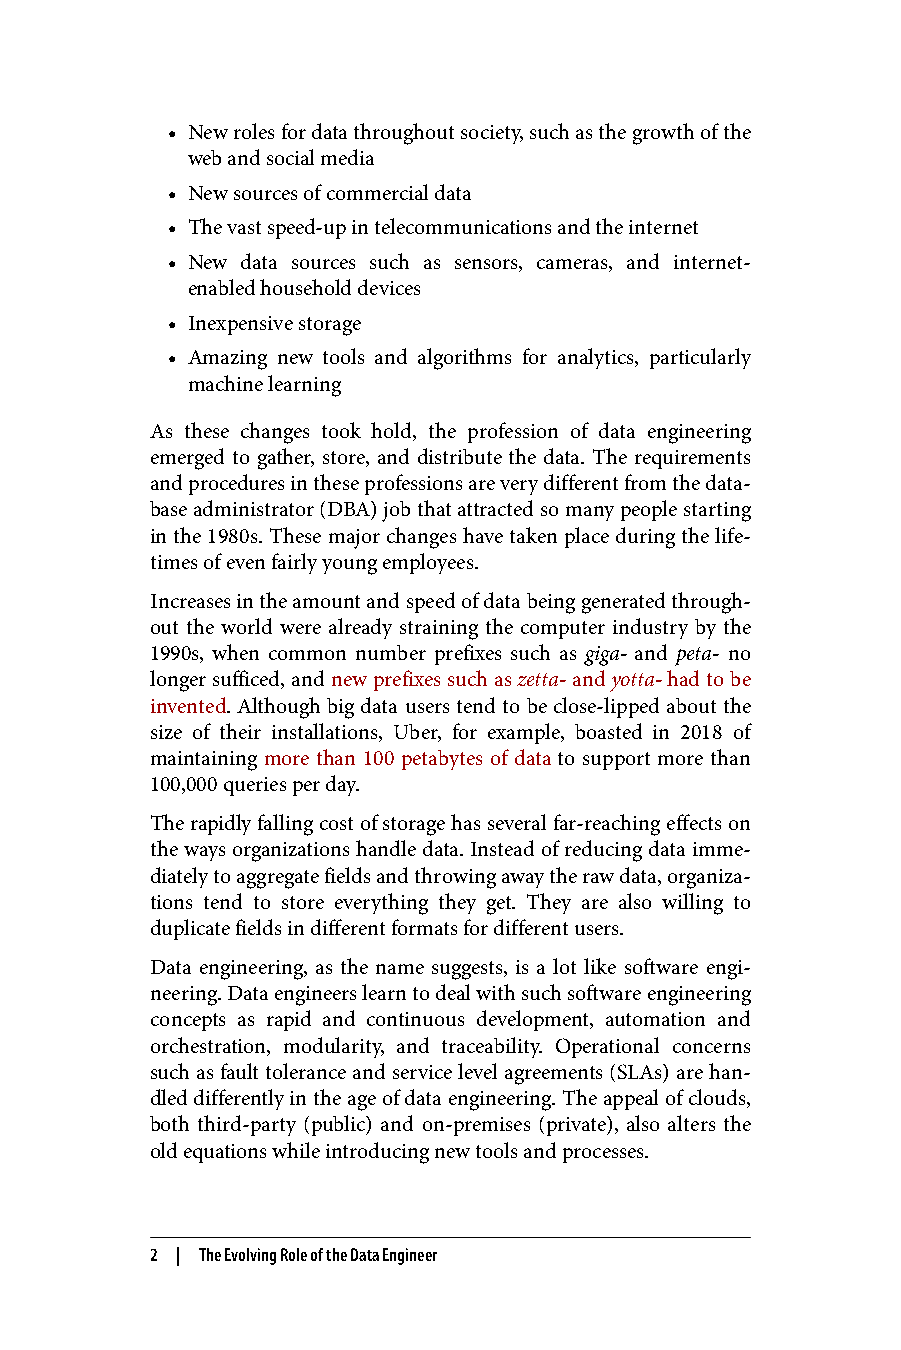
• New roles for data throughout society, such as the growth of the
 web and social media
 • New sources of commercial data
 • The vast speed-up in telecommunications and the internet
 • New data sources such as sensors, cameras, and internet-
 enabled household devices
 • Inexpensive storage
 • Amazing new tools and algorithms for analytics, particularly
 machine learning
 As these changes took hold, the profession of data engineering
 emerged to gather, store, and distribute the data. The requirements
 and procedures in these professions are very different from the data‐
 base administrator (DBA) job that attracted so many people starting
 in the 1980s. These major changes have taken place during the life‐
 times of even fairly young employees.
 Increases in the amount and speed of data being generated through‐
 out the world were already straining the computer industry by the
 1990s, when common number prefixes such as giga- and peta- no
 longer sufficed, and new prefixes such as zetta- and yotta- had to be
 invented. Although big data users tend to be close-lipped about the
 size of their installations, Uber, for example, boasted in 2018 of
 maintaining more than 100 petabytes of data to support more than
 100,000 queries per day.
 The rapidly falling cost of storage has several far-reaching effects on
 the ways organizations handle data. Instead of reducing data imme‐
 diately to aggregate fields and throwing away the raw data, organiza‐
 tions tend to store everything they get. They are also willing to
 duplicate fields in different formats for different users.
 Data engineering, as the name suggests, is a lot like software engi‐
 neering. Data engineers learn to deal with such software engineering
 concepts as rapid and continuous development, automation and
 orchestration, modularity, and traceability. Operational concerns
 such as fault tolerance and service level agreements (SLAs) are han‐
 dled differently in the age of data engineering. The appeal of clouds,
 both third-party (public) and on-premises (private), also alters the
 old equations while introducing new tools and processes.
 2 | The Evolving Role of the Data Engineer